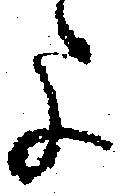
よ